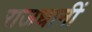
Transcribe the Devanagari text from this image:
राजधानीं